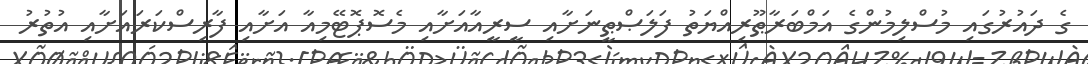
ގެ ދައުރުގައި މުސްލިމުންގެ އަމްބަރާޠޫރިއްޔަތު ފަލަޞްޠީނަށާއި ސީރީއާއަށާއި މެސޮޕޮޓޭމިއާ އަށާއި ފާރިސްކަރައަށާއި އުތުރު